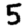
Digit: 5